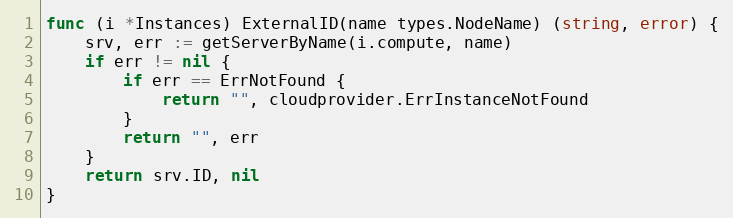
Language: Go
func (i *Instances) ExternalID(name types.NodeName) (string, error) {
	srv, err := getServerByName(i.compute, name)
	if err != nil {
		if err == ErrNotFound {
			return "", cloudprovider.ErrInstanceNotFound
		}
		return "", err
	}
	return srv.ID, nil
}